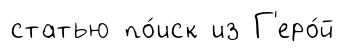
статью по́иск из Г'еро́й